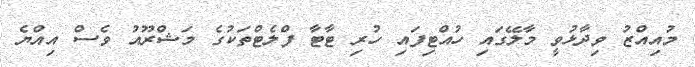
މުއިއްޒު ވިދާޅުވީ މާލޭގައި ހުއްޓިފައި ހުރި ޓާޓާ ފްލެޓްތަކުގެ މަޝްރޫއު ވެސް އިއްޔެ